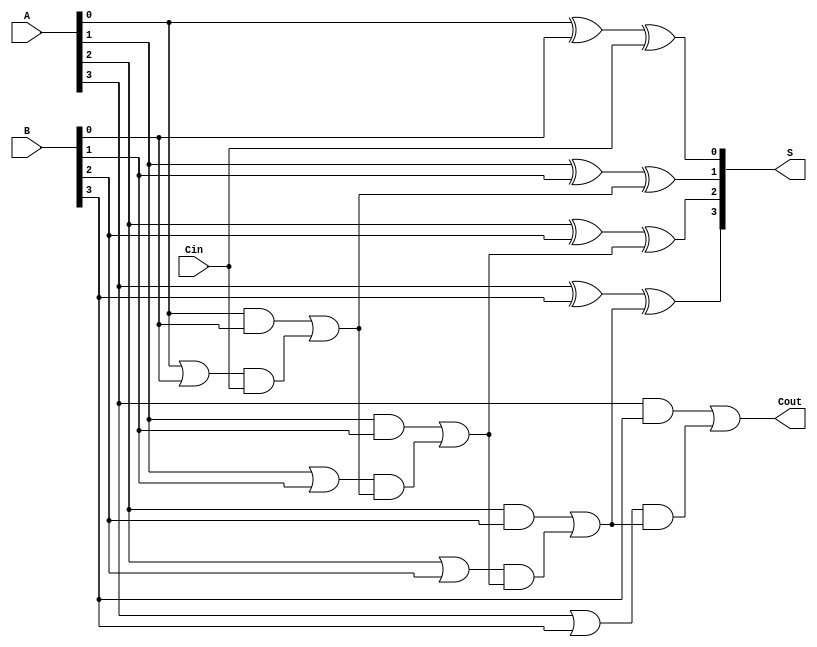
module CarryLookaheadAdder #(parameter n = 4) (
    input [n-1:0] A,      // n-bit input A
    input [n-1:0] B,      // n-bit input B
    input Cin,            // Carry-in
    output [n-1:0] S,     // n-bit sum output
    output Cout           // Carry-out
);

    // Generate and Propagate signals
    wire [n-1:0] G;  // Generate signals
    wire [n-1:0] P;  // Propagate signals
    wire [n:0] C;    // Carry signals

    // Generate and Propagate calculations
    genvar i;
    generate
        for (i = 0; i < n; i = i + 1) begin : gen_prop
            assign G[i] = A[i] & B[i];        // Generate
            assign P[i] = A[i] | B[i];        // Propagate
        end
    endgenerate

    // Carry calculations
    assign C[0] = Cin;  // C0 is the carry-in
    generate
        for (i = 1; i <= n; i = i + 1) begin : carry_calc
            assign C[i] = G[i-1] | (P[i-1] & C[i-1]);  // Carry generation
        end
    endgenerate

    // Sum calculations
    generate
        for (i = 0; i < n; i = i + 1) begin : sum_calc
            assign S[i] = A[i] ^ B[i] ^ C[i];  // Sum
        end
    endgenerate

    // Carry-out
    assign Cout = C[n];  // Cout is the last carry out

endmodule